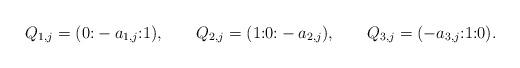
LaTeX: \begin{align*} Q_{1,j}&=(0{:}-a_{1,j}{:}1), &Q_{2,j}&=(1{:}0{:}-a_{2,j}), &Q_{3,j}&=(-a_{3,j}{:}1{:}0).\end{align*}